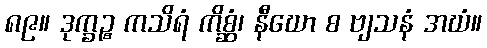
၈၉။ ဒုက္ခဉ္စ ကသိရံ ကိစ္ဆံ၊ နီဃော စ ဗျသနံ အဃံ။